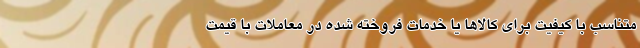
متناسب با کیفیت برای کالاها یا خدمات فروخته شده در معاملات با قیمت